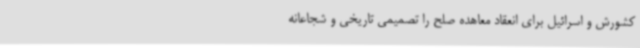
کشورش و اسرائیل برای انعقاد معاهده صلح را تصمیمی تاریخی و شجاعانه